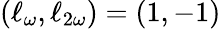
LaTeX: (\ell_{\omega},\ell_{2\omega})=\left(1,-1\right)